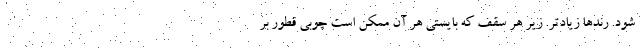
شود. رندها زیادتر. زیر هر سقف که بایستی هر آن ممکن است چوبی قطور بر